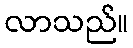
လာသည်။